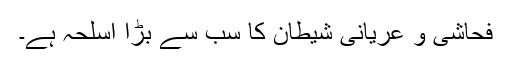
فحاشی و عریانی شیطان کا سب سے بڑا اسلحہ ہے۔